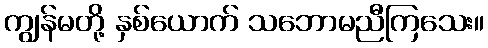
ကျွန်မတို့ နှစ်ယောက် သဘောမညီကြသေး။